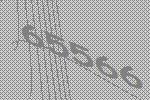
65566